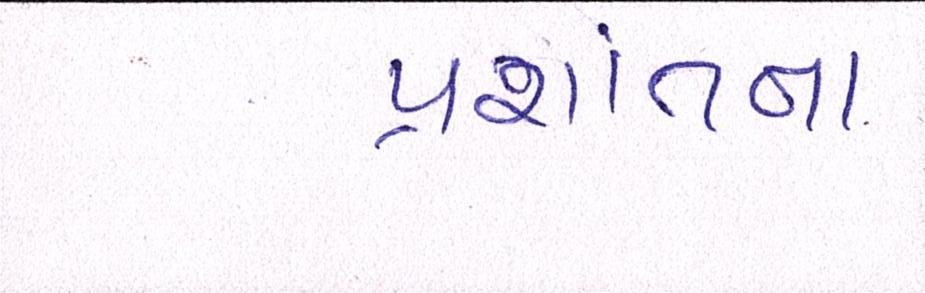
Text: પ્રશાંતના